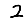
Digit: 2